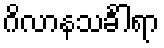
ဂိလာနသင်္ခါရာ